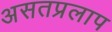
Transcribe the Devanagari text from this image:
असतप्रलाप